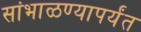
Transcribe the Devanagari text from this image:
सांभाळण्यापर्यंत